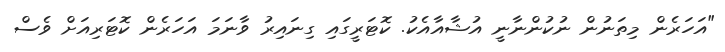
"އަހަރެން މިތަނުން ނުކުންނާނީ އުޝާއާއެކު. ކޮޓަރީގައި ގިނައިރު ވާނަމަ އަހަރެން ކޮޓަރިއަށް ވެސް